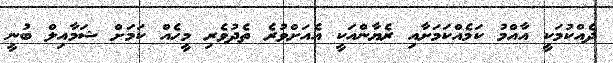
ދެއްކުމަކީ އާއްމު ކަމެއްކަމަށާއި ރެޔާންއަކީ އެއަށްވުރެ ތެދުވެރި މީހެއް ކަމަށް ޝަމާއިލް ބުނީ